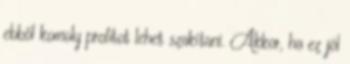
ebből komoly profitot lehet szakítani. Akkor, ha ez jól